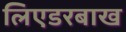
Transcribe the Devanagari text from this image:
लिएडरबाख